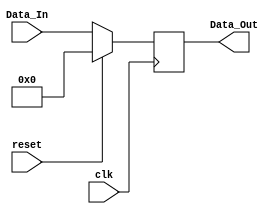
`timescale 1ns / 1ps
//////////////////////////////////////////////////////////////////////////////////
// Company: 
// Engineer: 
// 
// Design Name: 
// Module Name:    regfile 
// Project Name: 
// Target Devices: 
// Tool versions: 
// Description: 
//
// Dependencies: 
//
// Revision: 
// Revision 0.01 - File Created
// Additional Comments: 
//
//////////////////////////////////////////////////////////////////////////////////
module regfile #(parameter WIDTH = 8)(
		input clk,
		input reset,
		input [WIDTH-1:0] Data_In,
		output reg [WIDTH-1:0] Data_Out
		);
		
		initial begin
		Data_Out <= 0;
		end
		
	always @(posedge clk)
		if(reset)
			Data_Out <=  0;
		else
			Data_Out <= Data_In;
			
endmodule